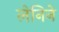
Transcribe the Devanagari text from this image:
लेनिने